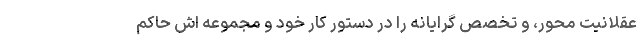
عقلانیّت محور، و تخصّص گرایانه را در دستور کارِ خود و مجموعه اش حاکم